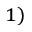
^ { 1 ) }